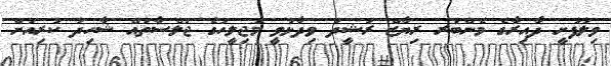
ވިލުފުށީ ދާއިރާގެ މެންބަރ ރިޔާޒް ރަޝީދު ވިދާޅުވީ މަޖިލީހުގެ ޖަލްސާތައް ޝާހިދު ކުރިއަށް